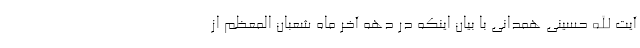
آیت الله حسینی همدانی با بیان اینکه در دهه آخر ماه شعبان المعظم از